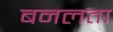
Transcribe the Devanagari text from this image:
बनलता